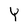
Character: Y